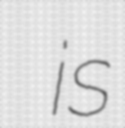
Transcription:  is